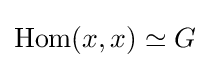
\operatorname {Hom} (x,x)\simeq G